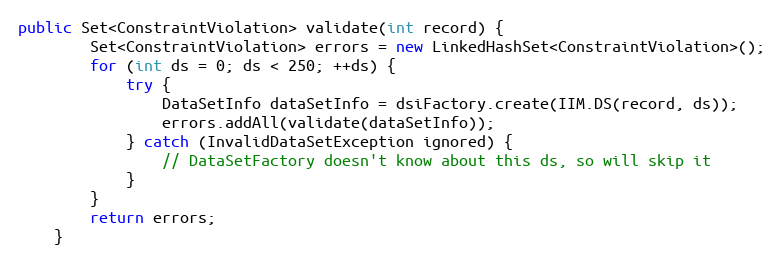
Language: Java
public Set<ConstraintViolation> validate(int record) {
		Set<ConstraintViolation> errors = new LinkedHashSet<ConstraintViolation>();
		for (int ds = 0; ds < 250; ++ds) {
			try {
				DataSetInfo dataSetInfo = dsiFactory.create(IIM.DS(record, ds));
				errors.addAll(validate(dataSetInfo));
			} catch (InvalidDataSetException ignored) {
				// DataSetFactory doesn't know about this ds, so will skip it
			}
		}
		return errors;
	}